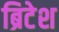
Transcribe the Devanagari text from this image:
ब्रिटेश